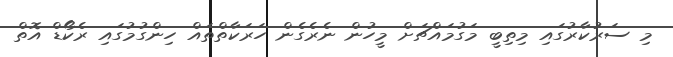
މި ސަރުކާރުގައި މިތިބީ މަގުމައްޗަށް މީހުން ނެރެގެން ހަރަކާތްތައް ހިންގުމުގައި ރެކޯޑް އޮތް